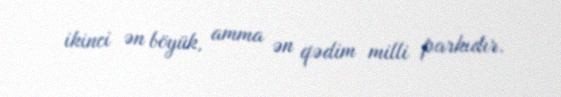
ikinci ən böyük, amma ən qədim milli parkıdır.